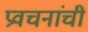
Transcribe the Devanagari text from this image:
प्रवचनांची